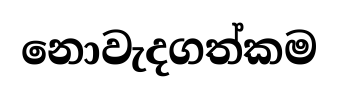
නොවැදගත්කම